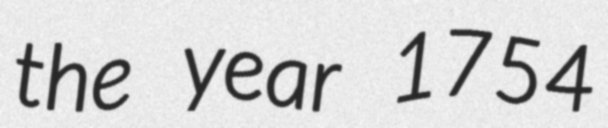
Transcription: the year 1754